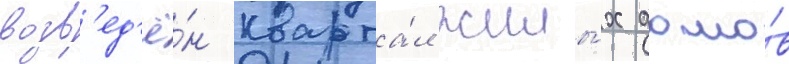
возв'ед'ё́н кварта́л жилы́х домо́в